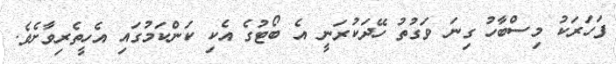
ފަހަރަކު މިސްބާހު ގިނަ ވަގުތު ހޭދަކުރަނީ އެ ބޯޓުގެ އެކި ކަންކަމުގައި އެހީތެރިވާށެވެ.